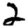
Digit: 2